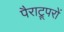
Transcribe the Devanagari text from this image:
पैराट्रूपरों